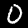
Digit: 0